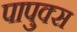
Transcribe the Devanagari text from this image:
पापुक्स